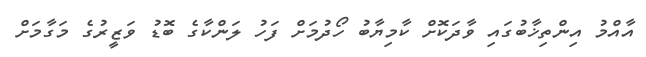
އާއްމު އިންތިޚާބުގައި ވާދަކޮށް ކާމިޔާބު ހޯދުމަށް ފަހު ލަންކާގެ ބޮޑު ވަޒީރުގެ މަގާމަށް